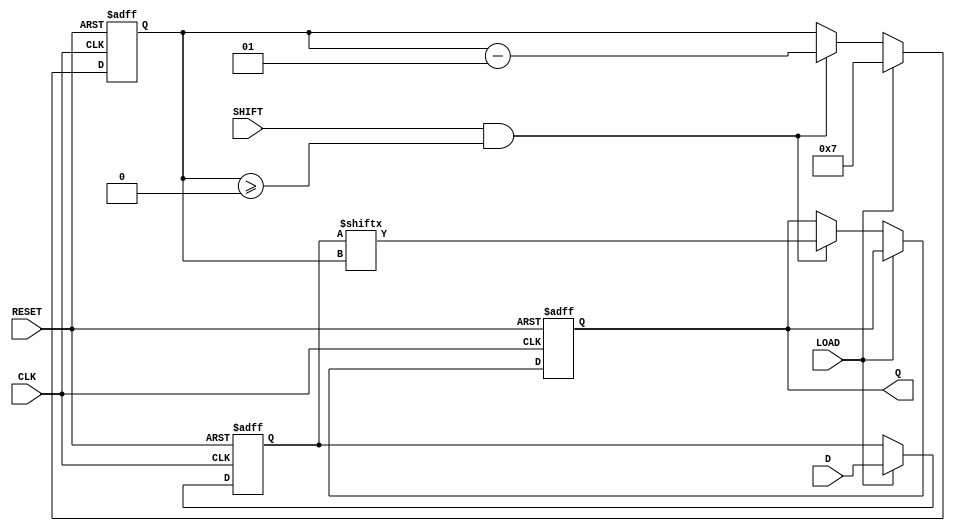
module dynamic_PISO (
    input wire [WIDTH-1:0] D,       // Parallel data inputs
    input wire LOAD,                 // Control signal to load data
    input wire SHIFT,                // Control signal to shift data
    input wire CLK,                  // Clock signal
    input wire RESET,                // Asynchronous reset
    output reg Q                    // Serial output
);

parameter WIDTH = 8;               // Width of the data input

// Dynamic storage elements (register array for parallel data)
reg [WIDTH-1:0] storage;

// Shift counter to track the current bit being shifted out
integer shift_counter;

always @(posedge CLK or posedge RESET) begin
    if (RESET) begin
        // Asynchronous reset
        storage <= {WIDTH{1'b0}};    // Clear storage
        Q <= 1'b0;                   // Clear serial output
        shift_counter <= 0;          // Reset counter
    end else begin
        if (LOAD) begin
            // Load data into the storage when LOAD is high
            storage <= D;
            shift_counter <= WIDTH - 1; // Prepare to shift from MSB
        end else if (SHIFT && shift_counter >= 0) begin
            // Shift data out serially
            Q <= storage[shift_counter]; // Output the current bit
            shift_counter <= shift_counter - 1; // Move to the next bit
        end
    end
end

endmodule